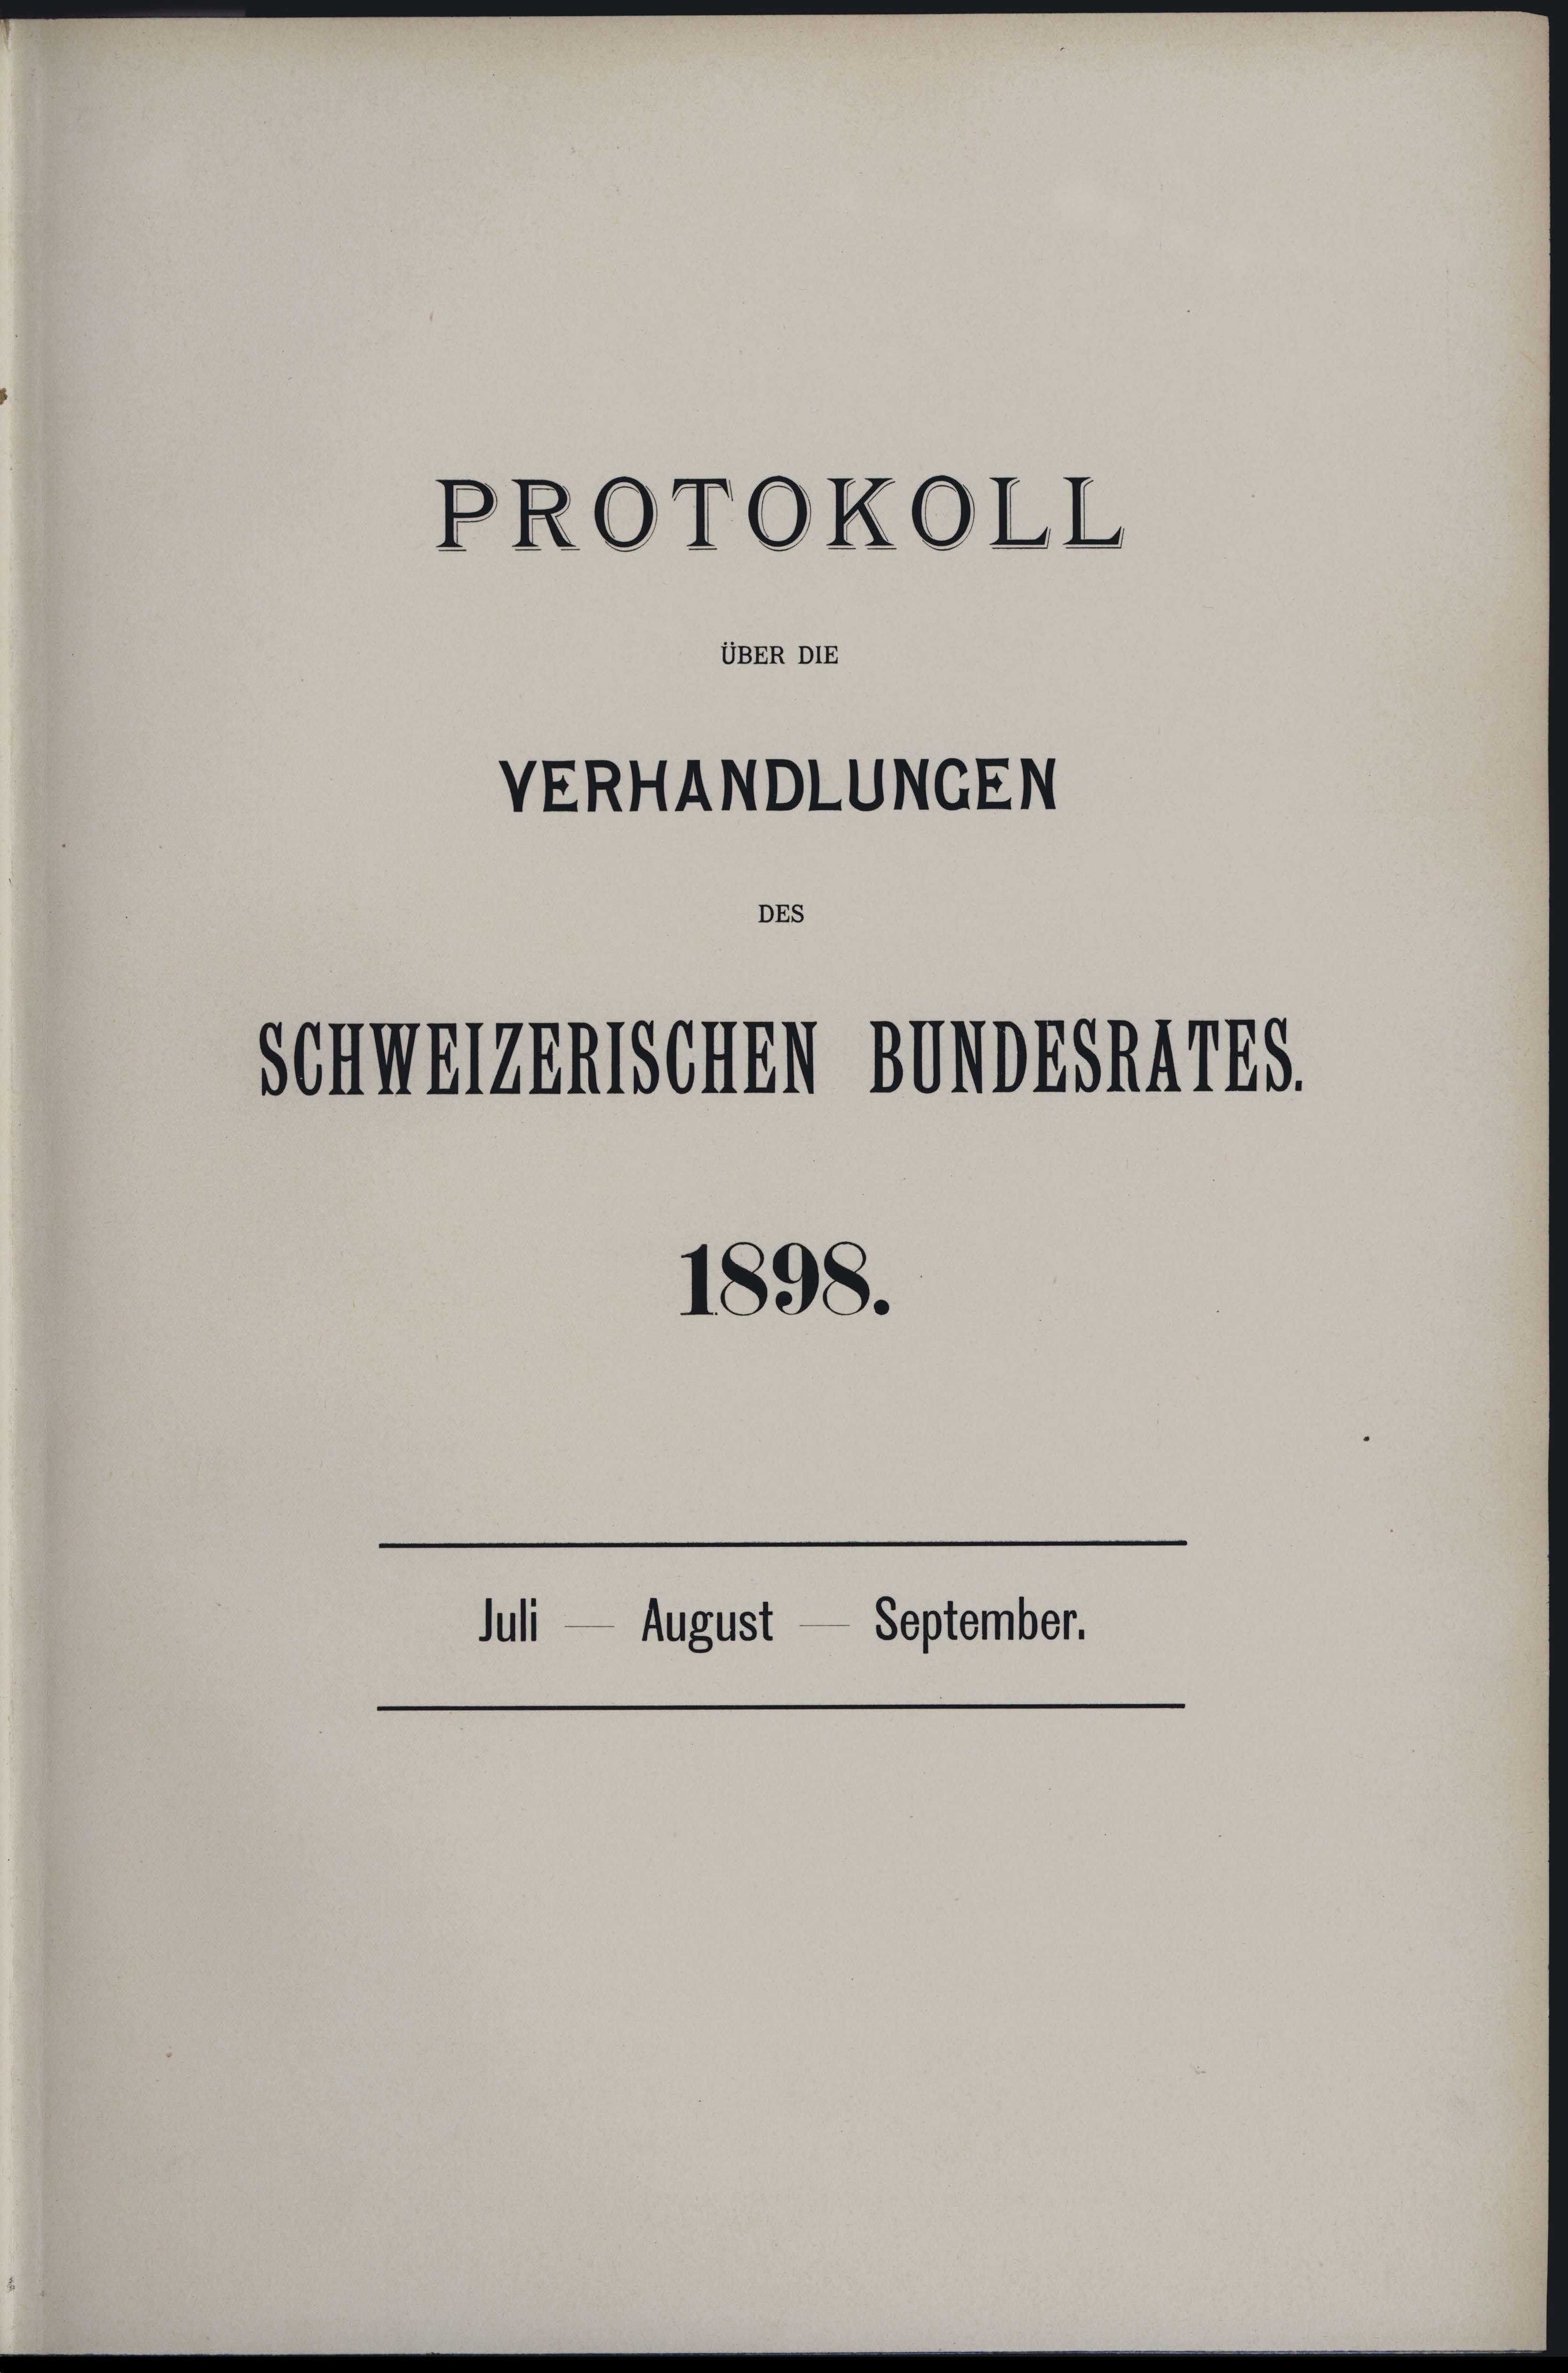
VERHANDLUNGEN
DEs

PROTOKOLL

UBER DIE

Schweizenischen Bundes 1795.

1898.

Juli — August — September.